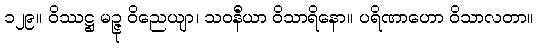
၁၂၉။ ဝိဿဋ္ဌ မဉ္ဇု ဝိညေယျာ၊ သဝနီယာ ဝိသာရိနော။ ပရိဏာဟော ဝိသာလတာ။